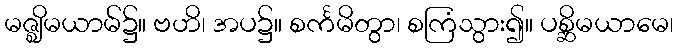
မဇ္ဈိမယာမ်၌။ ဗဟိ၊ အပ၌။ စင်္ကမိတွာ၊ စကြံသွား၍။ ပစ္ဆိမယာမေ၊